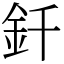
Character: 釺